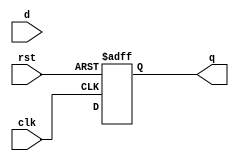
module d_flip_flop_delay(
    input wire clk,
    input wire rst,
    input wire d,
    output reg q
);

reg delayed_d;

// Insert delay logic here

always @ (posedge clk or posedge rst) begin
    if (rst) begin
        q <= 1'b0;
    end else begin
        q <= delayed_d;
    end
end

endmodule